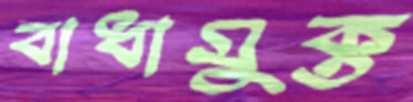
বাধামুক্ত